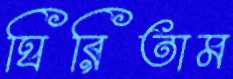
ঘিরিতাম